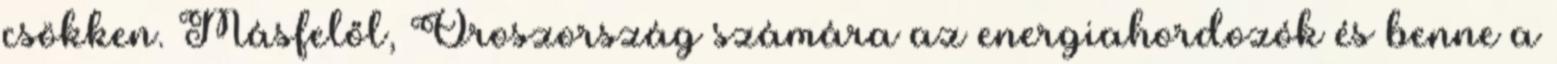
csökken. Másfelől, Oroszország számára az energiahordozók és benne a